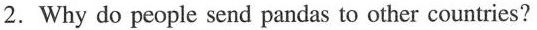
2.Why do people send pandas to other countries?